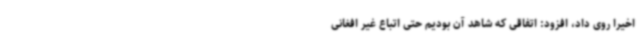
اخیراً روی داد، افزود: اتفاقی که شاهد آن بودیم حتی اتباع غیر افغانی